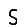
Digit: 5